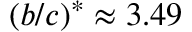
\left( b / c \right) ^ { \ast } \approx 3 . 4 9